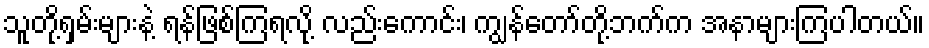
သူတို့ရှမ်းများနဲ့ ရန်ဖြစ်ကြရလို့ လည်းကောင်း၊ ကျွန်တော်တို့ဘက်က အနာများကြပါတယ်။